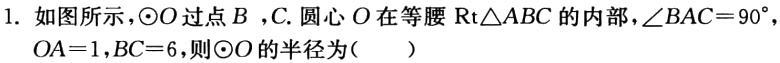
1. 如图所示，$\odot O$过点$B$，$C$. 圆心$O$在等腰$\mathrm{Rt}\triangle ABC$的内部，$\angle BAC = 90^{\circ}$，$OA = 1$，$BC = 6$，则$\odot O$的半径为（  ）